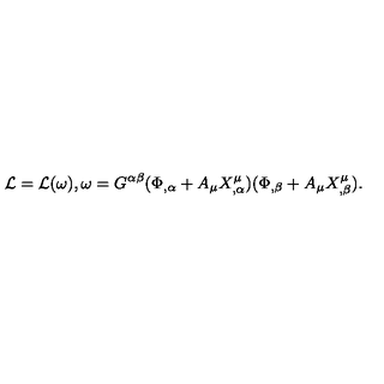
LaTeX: { \cal L } = { \cal L } ( \omega ) , \omega = G ^ { \alpha \beta } ( \Phi _ { , \alpha } + A _ { \mu } X _ { , \alpha } ^ { \mu } ) ( \Phi _ { , \beta } + A _ { \mu } X _ { , \beta } ^ { \mu } ) .